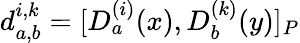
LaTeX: d_{a,b}^{i,k}=[D_{a}^{(i)}(x),D_{b}^{(k)}(y)]_{P}